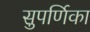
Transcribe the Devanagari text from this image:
सुपर्णिका